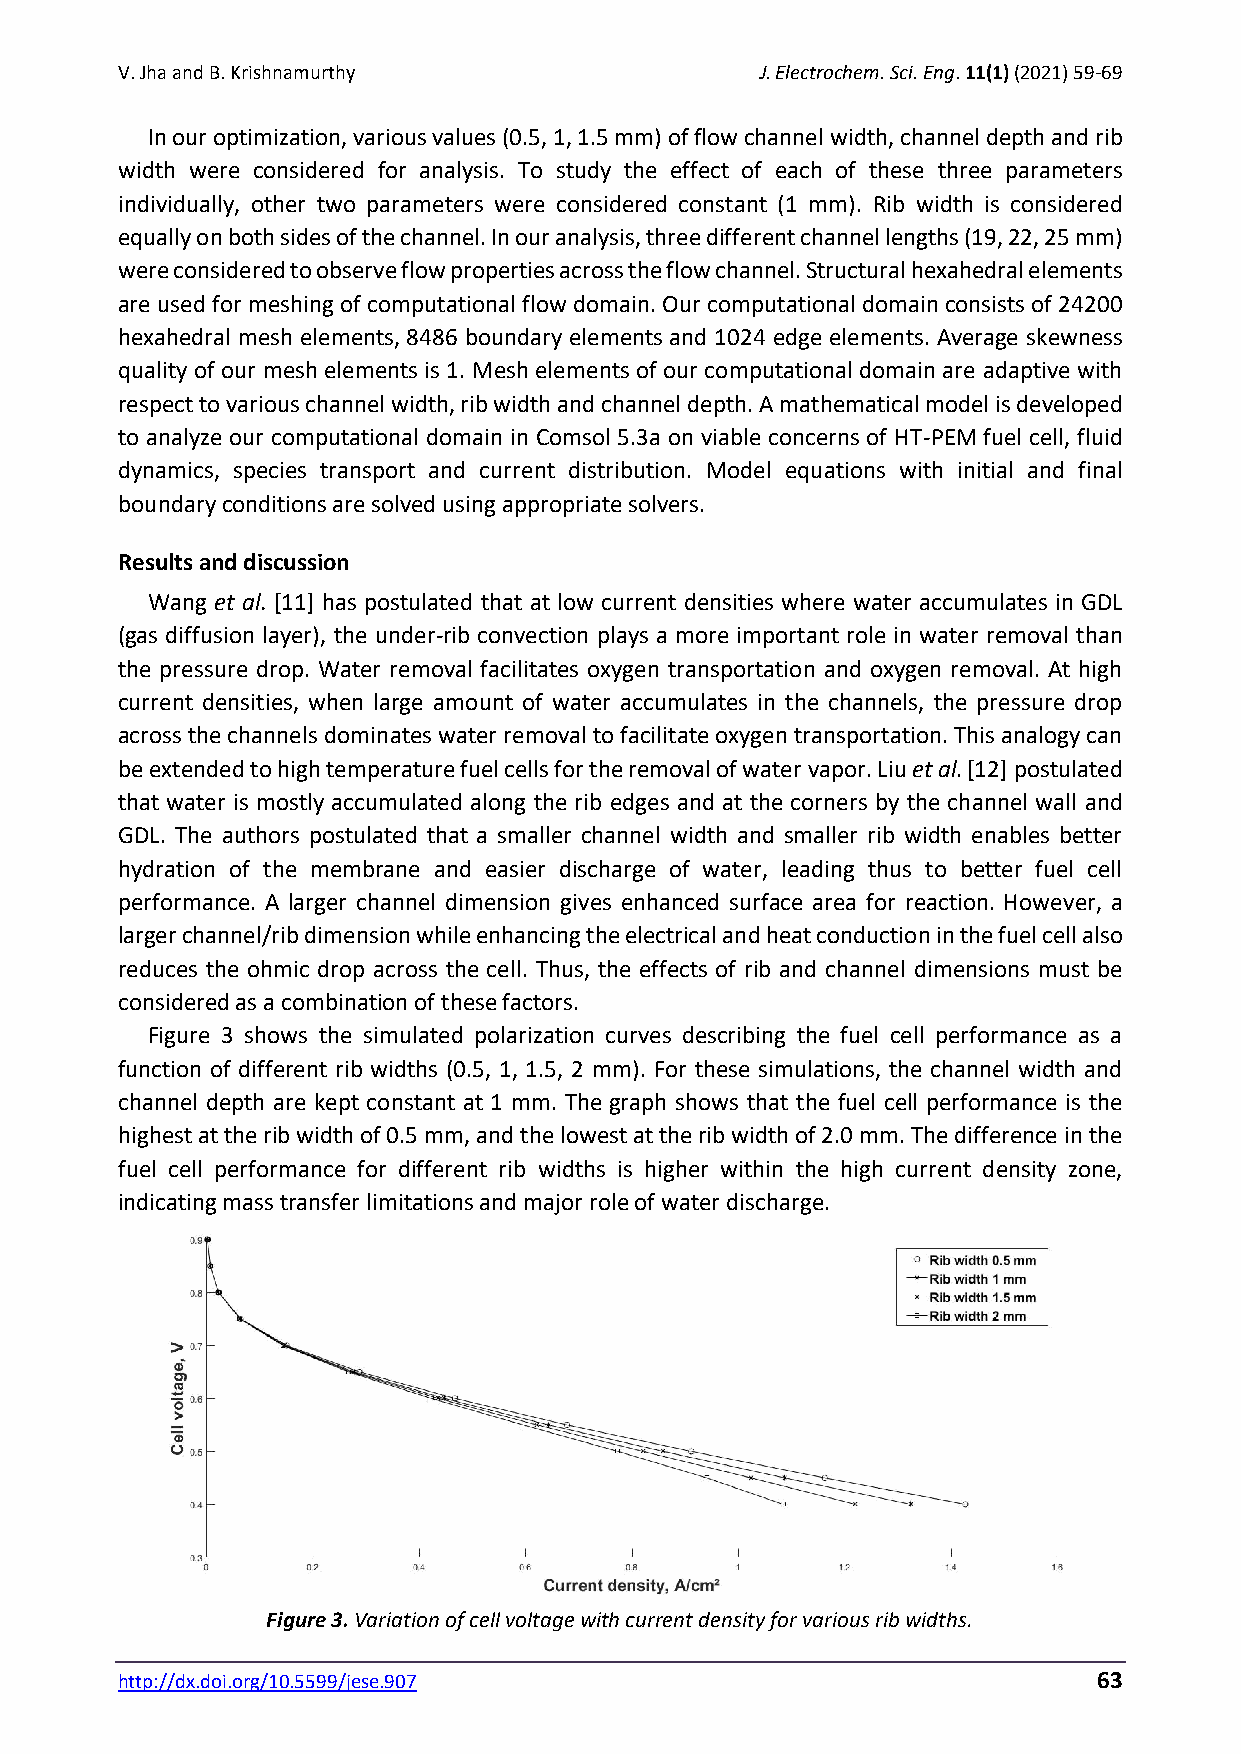
V. Jha and B. Krishnamurthy               J. Electrochem. Sci. Eng. 11(1) (2021) 59-69
 In our optimization, various values (0.5, 1, 1.5 mm) of flow channel width, channel depth and rib
 width were considered for analysis. To study the effect of each of these three parameters
 individually, other two parameters were considered constant (1 mm). Rib width is considered
 equally on both sides of the channel. In our analysis, three different channel lengths (19, 22, 25 mm)
 were considered to observe flow properties across the flow channel. Structural hexahedral elements
 are used for meshing of computational flow domain. Our computational domain consists of 24200
 hexahedral mesh elements, 8486 boundary elements and 1024 edge elements. Average skewness
 quality of our mesh elements is 1. Mesh elements of our computational domain are adaptive with
 respect to various channel width, rib width and channel depth. A mathematical model is developed
 to analyze our computational domain in Comsol 5.3a on viable concerns of HT-PEM fuel cell, fluid
 dynamics, species transport and current distribution. Model equations with initial and final
 boundary conditions are solved using appropriate solvers.
 Results and discussion
 Wang et al. [11] has postulated that at low current densities where water accumulates in GDL
 (gas diffusion layer), the under-rib convection plays a more important role in water removal than
 the pressure drop. Water removal facilitates oxygen transportation and oxygen removal. At high
 current densities, when large amount of water accumulates in the channels, the pressure drop
 across the channels dominates water removal to facilitate oxygen transportation. This analogy can
 be extended to high temperature fuel cells for the removal of water vapor. Liu et al. [12] postulated
 that water is mostly accumulated along the rib edges and at the corners by the channel wall and
 GDL. The authors postulated that a smaller channel width and smaller rib width enables better
 hydration of the membrane and easier discharge of water, leading thus to better fuel cell
 performance. A larger channel dimension gives enhanced surface area for reaction. However, a
 larger channel/rib dimension while enhancing the electrical and heat conduction in the fuel cell also
 reduces the ohmic drop across the cell. Thus, the effects of rib and channel dimensions must be
 considered as a combination of these factors.
 Figure 3 shows the simulated polarization curves describing the fuel cell performance as a
 function of different rib widths (0.5, 1, 1.5, 2 mm). For these simulations, the channel width and
 channel depth are kept constant at 1 mm. The graph shows that the fuel cell performance is the
 highest at the rib width of 0.5 mm, and the lowest at the rib width of 2.0 mm. The difference in the
 fuel cell performance for different rib widths is higher within the high current density zone,
 indicating mass transfer limitations and major role of water discharge.
 Figure 3. Variation of cell voltage with current density for various rib widths.
 http://dx.doi.org/10.5599/jese.907                               63